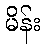
မိန်း